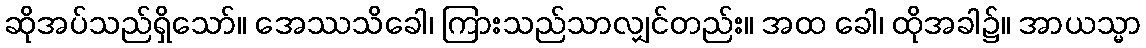
ဆိုအပ်သည်ရှိသော်။ အေဿသိခေါ၊ ကြားသည်သာလျှင်တည်း။ အထ ခေါ၊ ထိုအခါ၌။ အာယသ္မာ